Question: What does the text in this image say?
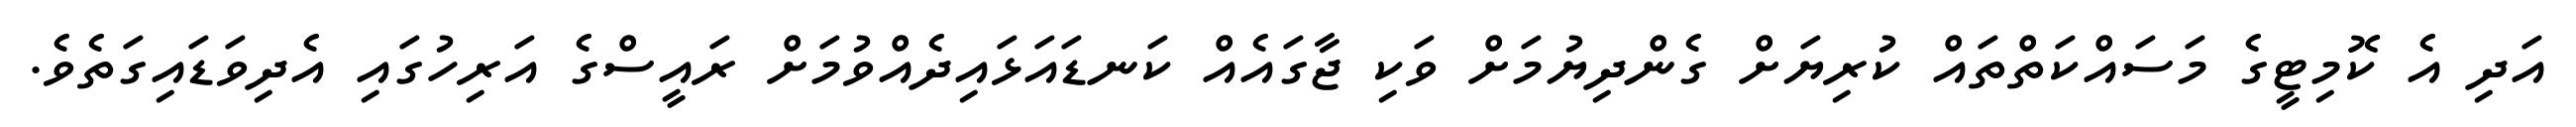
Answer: އަދި އެ ކޮމިޓީގެ މަސައްކަތްތައް ކުރިޔަށް ގެންދިޔުމަށް ވަކި ޖާގައެއް ކަނޑައަޅައިދެއްވުމަށް ރައީސްގެ އަރިހުގައި އެދިވަޑައިގަތެވެ.